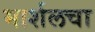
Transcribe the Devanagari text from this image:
मार्शलचा